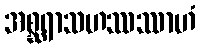
အစ္ဆရာသဟဿဿာဟံ